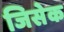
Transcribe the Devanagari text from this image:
जिसेक